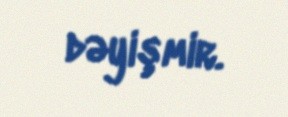
dəyişmir.